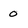
Character: O